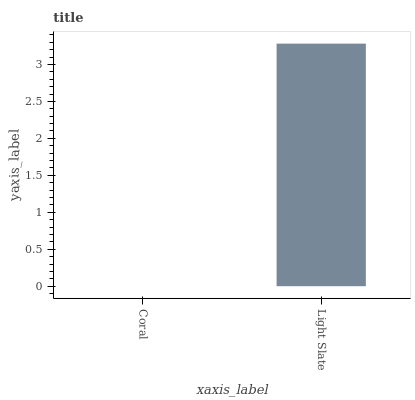
| xaxis_label | bars |
 | --- | --- |
 | Coral | 0 |
 | Light Slate | 3.28 |